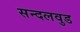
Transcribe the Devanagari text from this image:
सन्दलवुड